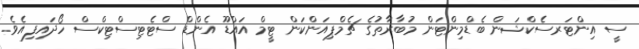
ސީ އިންޓަރސެކްޝަން ބެޑްމިންޓަން މުބާރާތުގެ ޗެމްޕިއަންކަން ޓީމް އައްޑޫ އެންޑް ސްޓެޓިސްޓިކްސް ހޯދައިފިއެވެ.